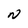
Character: N